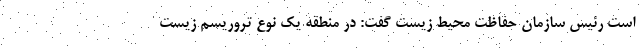
است رئیس سازمان حفاظت محیط زیست گفت: در منطقه یک نوع تروریسم زیست